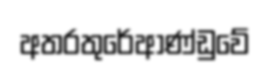
අතරතුරේආණ්ඩුවේ